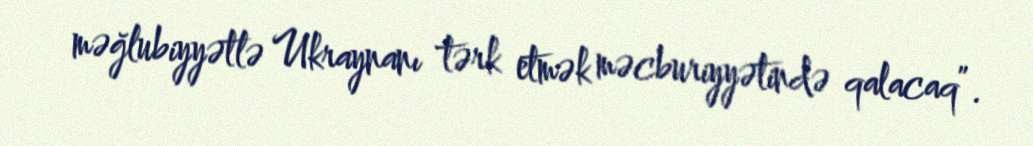
məğlubiyyətlə Ukraynanı tərk etmək məcburiyyətində qalacaq”.